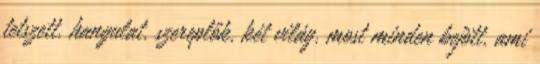
tetszett. hangulat, szereplők, két világ, most minden bejött, ami